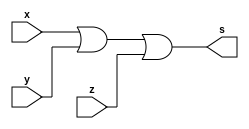
module associative1(s, x, y, z);

output s;
input x, y, z;

assign s=(x|y)|z;

endmodule

module associative2(s, x, y, z);

output s;
input x, y, z;

assign s=x|(y|z);

endmodule

module commutative1(s, x, y, z);

output s;
input x, y, z;

assign s=x|(y&z);

endmodule

module commutative2(s, x, y, z);

output s;
input x, y, z;

assign s=(x|y)&(x|z);

endmodule